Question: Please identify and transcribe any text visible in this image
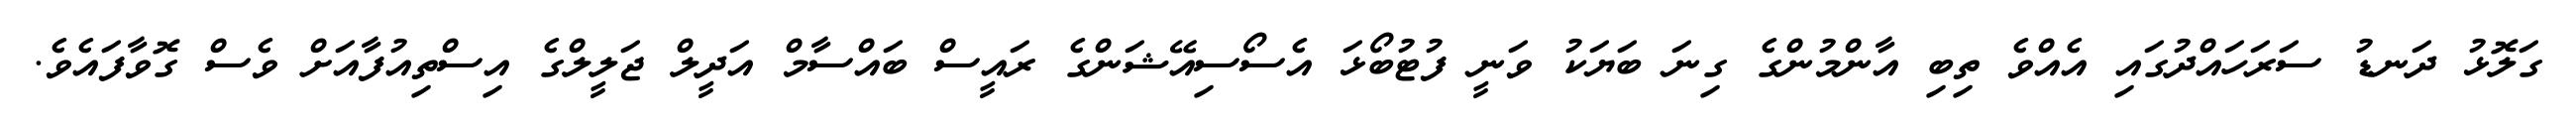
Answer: ގަލޮޅު ދަނޑު ސަރަހައްދުގައި އެއްވެ ތިބި އާންމުންގެ ގިނަ ބަޔަކު ވަނީ ފުޓުބޯޅަ އެސޯސިއޭޝަންގެ ރައީސް ބައްސާމް އަދީލް ޖަލީލްގެ އިސްތިއުފާއަށް ވެސް ގޮވާފައެވެ.